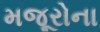
મજૂરોના